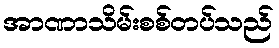
အာဏာသိမ်းစစ်တပ်သည်